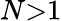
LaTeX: N{>}1